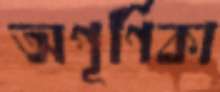
অপূর্ণিকা